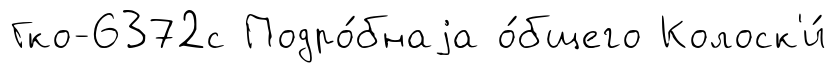
Гко-6372с Подро́бнаjа о́бщего Колоск'и́